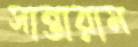
সান্তারাম